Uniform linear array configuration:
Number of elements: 64
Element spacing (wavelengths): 1
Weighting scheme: cosine
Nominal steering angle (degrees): -60
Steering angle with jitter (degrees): -58.631
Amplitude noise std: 0.05
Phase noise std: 0.05

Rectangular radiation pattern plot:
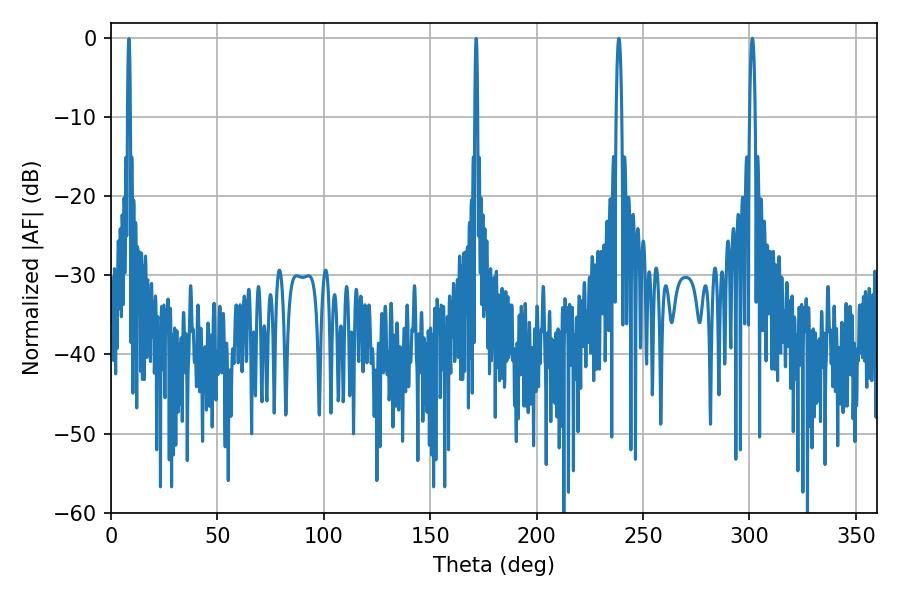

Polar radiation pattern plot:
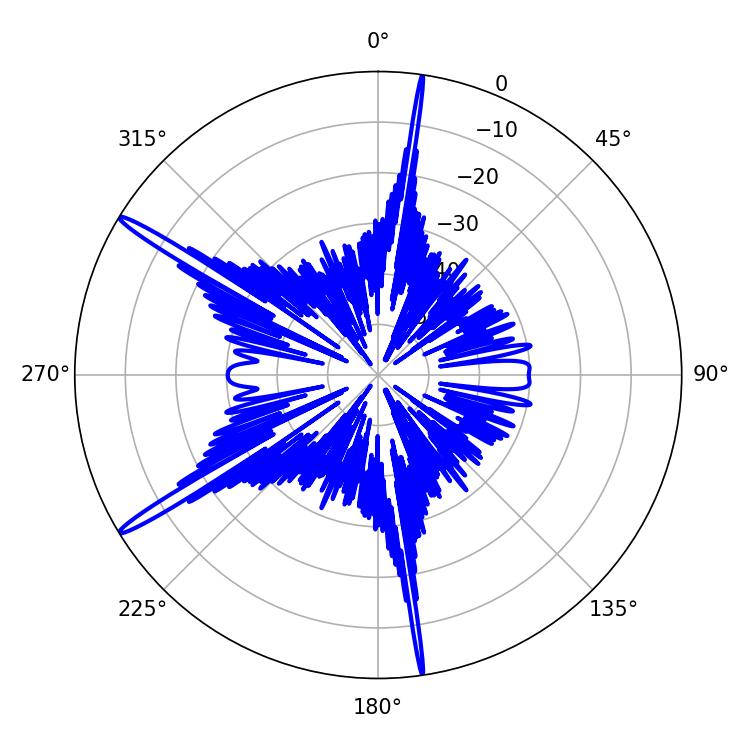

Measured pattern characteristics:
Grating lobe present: TRUE
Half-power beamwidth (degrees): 1.44
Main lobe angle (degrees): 301.32